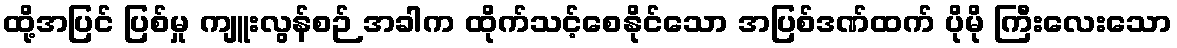
ထို့အပြင် ပြစ်မှု ကျူးလွန်စဉ် အခါက ထိုက်သင့်စေနိုင်သော အပြစ်ဒဏ်ထက် ပိုမို ကြီးလေးသော